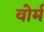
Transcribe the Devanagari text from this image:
वोर्म